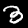
Digit: 3